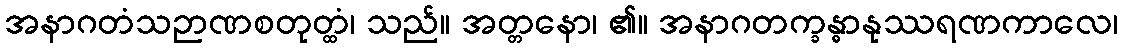
အနာဂတံသဉာဏစတုတ္ထံ၊ သည်။ အတ္တနော၊ ၏။ အနာဂတက္ခန္ဓာနုဿရဏကာလေ၊